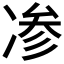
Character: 𰄁